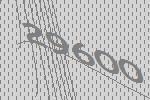
29600